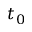
t _ { 0 }